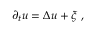
\partial _ { t } u = \Delta u + \xi \; ,